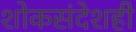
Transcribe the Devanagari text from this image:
शोकसंदेशही